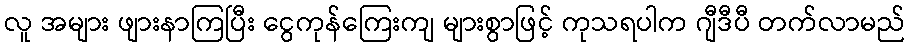
လူ အများ ဖျားနာကြပြီး ငွေကုန်ကြေးကျ များစွာဖြင့် ကုသရပါက ဂျီဒီပီ တက်လာမည်